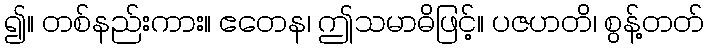
၍။ တစ်နည်းကား။ ဧတေန၊ ဤသမာဓိဖြင့်။ ပဇဟတိ၊ စွန့်တတ်